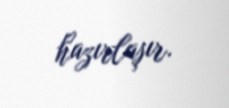
hazırlaşır.